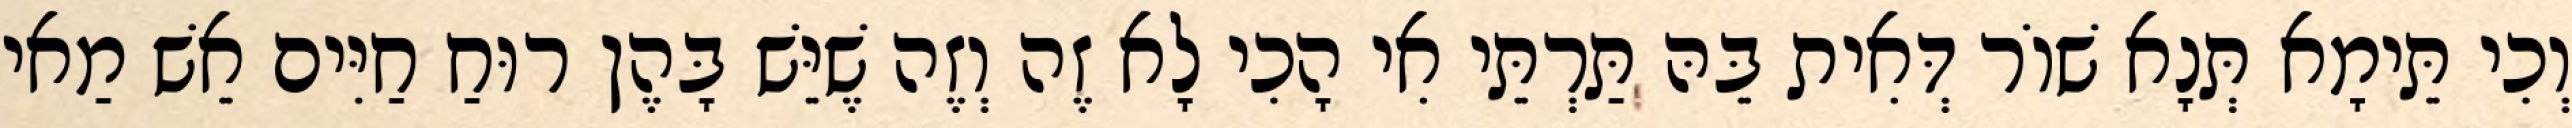
וְכִי תֵּימָא תְּנָא שׁוֹר דְּאִית בֵּהּ תַּרְתֵּי אִי הָכִי לָא זֶה וְזֶה שֶׁיֵּשׁ בָּהֶן רוּחַ חַיִּים אֵשׁ מַאי